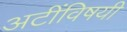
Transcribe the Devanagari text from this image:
अटींविषयी